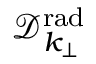
{ \mathcal D } _ { k _ { \perp } } ^ { \mathrm { r a d } }